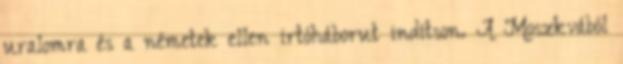
uralomra és a németek ellen irtóháborut indítson. A Moszkvából